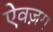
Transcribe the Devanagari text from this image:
ऐवज़ग